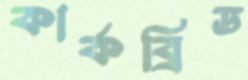
কার্কব্রিড